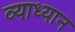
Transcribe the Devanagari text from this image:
व्याध्यान